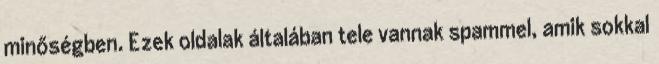
minőségben. Ezek oldalak általában tele vannak spammel, amik sokkal